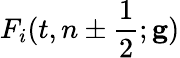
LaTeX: F_{i}(t,n\pm\frac{1}{2};\mathbf{g})